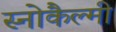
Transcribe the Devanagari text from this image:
स्नोकैल्मी